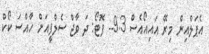
އެޕަލްއިން މިރޭ އައިއޯއެސް 9.3-- ފޮޓޯ: ދަ ވާޖް ސެލްފީއަށް ހާއްސަ ކޯކް